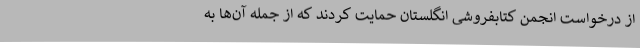
از درخواست انجمن کتابفروشی انگلستان حمایت کردند که از جمله آن‌ها به